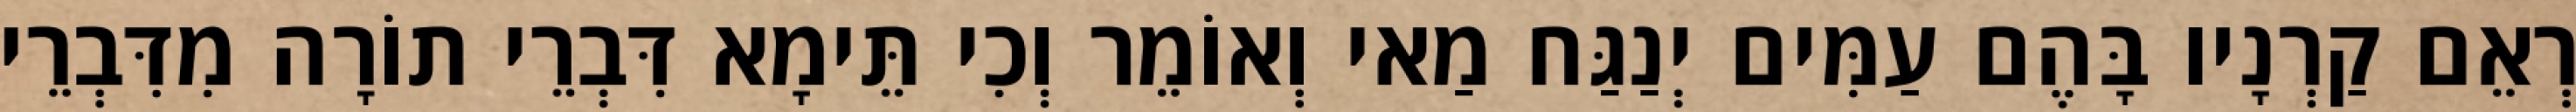
רְאֵם קַרְנָיו בָּהֶם עַמִּים יְנַגַּח מַאי וְאוֹמֵר וְכִי תֵּימָא דִּבְרֵי תוֹרָה מִדִּבְרֵי